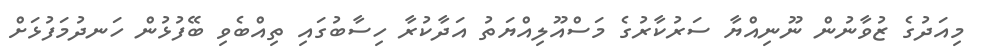
މިއަދުގެ ޒުވާނުން ނޫނިއްޔާ ސަރުކާރުގެ މަސްއޫލިއްޔަތު އަދާކުރާ ހިސާބުގައި ތިއްބެވި ބޭފުޅުން ހަނދުމަފުޅަށް